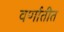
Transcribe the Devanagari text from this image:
वर्णातीत